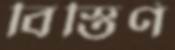
বিস্তির্ণ